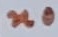
Text: n0